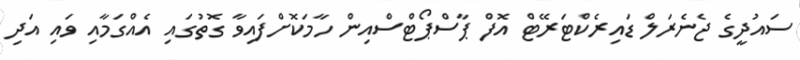
ސައުދީގެ ޖެނެރަލް ޑައިރެކްޓަރޭޓް އޮފް ޕާސްޕޯޓްސްއިން ހާމަކޮށްފައިވާ ގޮތުގައި އެއްގަމާއި ވައި އަދި